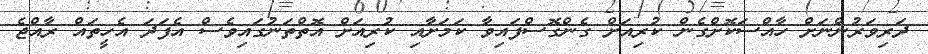
ދަރިވަރުންނަށް ހާއްސަކޮށްގެން ކުރިއަށް ގެންގޮސްފައިވާ ކަމަށާއި ކުރިއަށް އޮތްތަނުގައިވެސް އެފަދަ އެހީތައް ރާއްޖެ